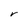
Character: r